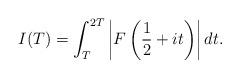
LaTeX: \begin{align*} I(T)=\int_T^{2T}\left|F\left(\frac{1}{2}+it\right)\right|dt.\end{align*}